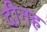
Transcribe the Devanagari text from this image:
दीनह